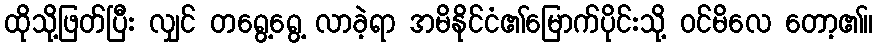
ထိုသို့ဖြတ်ပြီး လျှင် တရွေ့ရွေ့ လာခဲ့ရာ အမိနိုင်ငံ၏မြောက်ပိုင်းသို့ ဝင်မိလေ တော့၏။